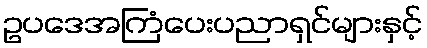
ဥပဒေအကြံပေးပညာရှင်များနှင့်